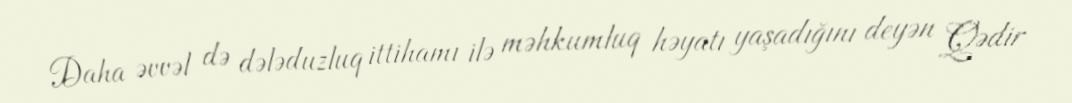
Daha əvvəl də dələduzluq ittihamı ilə məhkumluq həyatı yaşadığını deyən Qədir